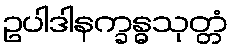
ဥပါဒါနက္ခန္ဓသုတ္တံ